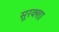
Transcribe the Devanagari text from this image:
सूरक्शा